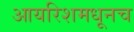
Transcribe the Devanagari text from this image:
आयरिशमधूनच